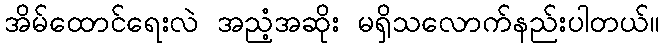
အိမ်ထောင်ရေးလဲ အညံ့အဆိုး မရှိသလောက်နည်းပါတယ်။